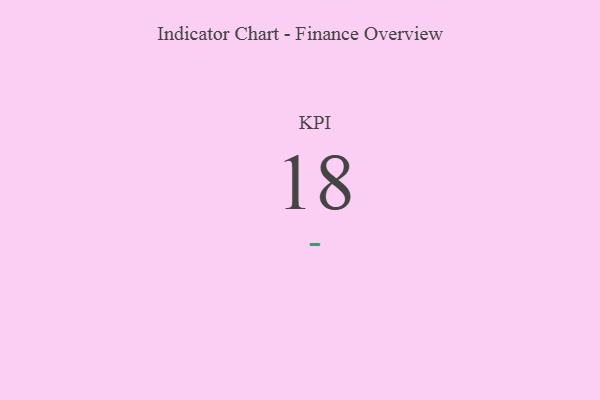
{"axis": {"x": "KPI", "y": "Value"}, "legend": [""], "data": [{"x": "KPI", "y": 18, "type": ""}]}